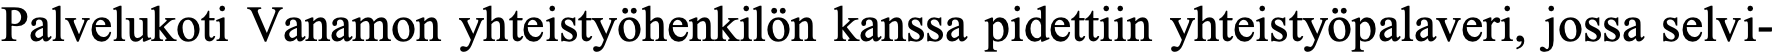
Palvelukoti Vanamon yhteistyöhenkilön kanssa pidettiin yhteistyöpalaveri, jossa selvi-